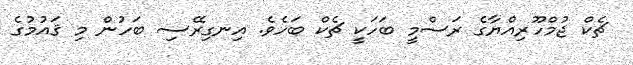
ޗެކް ޖުމްހޫރިއްޔާގެ ރަސްމީ ބަހަކީ ޗެކް ބަހެވެ. އިނގިރޭސި ބަހުން މި ޤައުމުގެ